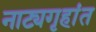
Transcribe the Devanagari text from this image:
नाट्यगृहांत